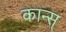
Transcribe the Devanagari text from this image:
कान्स्